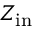
Z _ { \mathrm { i n } }